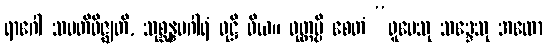
ရာဂေါ သမတိဝိဇ္ဈတိ, သုစ္ဆန္နမဂါရံ ဝုဋ္ဌိ ဝိယ။ ဝုတ္တမ္ပိ စေတံ “ရူပေသု သဒ္ဒေသု အထော